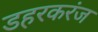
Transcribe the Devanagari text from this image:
डहरकरंज